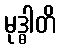
မုဒ္ဓါတိ